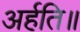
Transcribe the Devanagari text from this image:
अर्हति॥